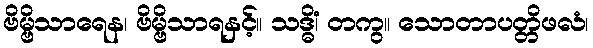
ဗိမ္ဗိသာရေန၊ ဗိမ္ဗိသာရနှင့်။ သဒ္ဓိံ၊ တကွ။ သောတာပတ္တိဖလံ၊